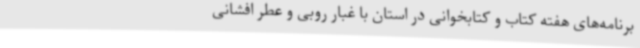
برنامه‌های هفته کتاب و کتابخوانی در استان با غبار روبی و عطر افشانی